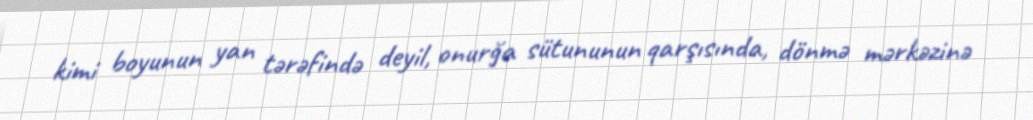
kimi boyunun yan tərəfində deyil, onurğa sütununun qarşısında, dönmə mərkəzinə